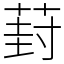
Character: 葑